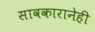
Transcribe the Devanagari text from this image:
सावकारानेही